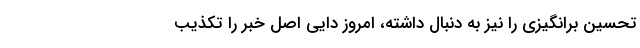
تحسین برانگیزی را نیز به دنبال داشته، امروز دایی اصل خبر را تکذیب